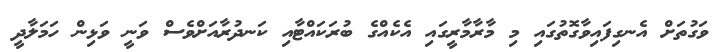
ވަގުތަށް އެނގިފައިވާގޮތުގައި މި މާރާމާރީގައި އެކެއްގެ ބުރަކައްޓާއި ކަނދުރާއަށްވެސް ވަނީ ވަޅިން ހަމަލާދީ